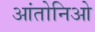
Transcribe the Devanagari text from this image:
आंतोनिओ